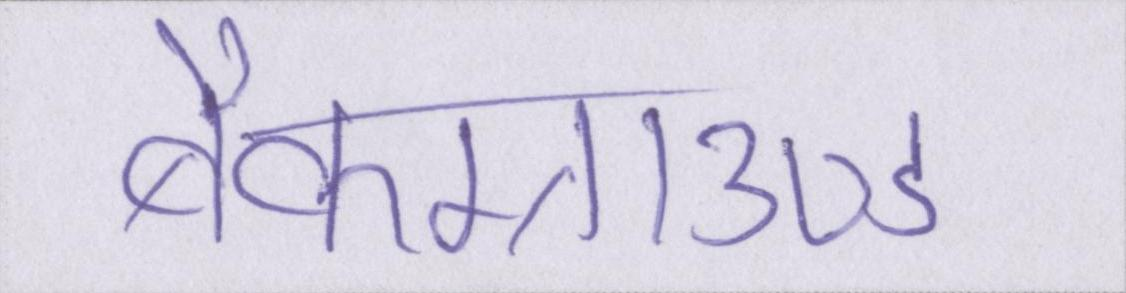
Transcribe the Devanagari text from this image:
बैकग्राउण्ड